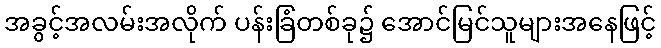
အခွင့်အလမ်းအလိုက် ပန်းခြံတစ်ခု၌ အောင်မြင်သူများအနေဖြင့်